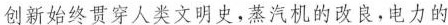
创新始终贯穿人类文明史，蒸汽机的改良，电力的